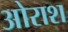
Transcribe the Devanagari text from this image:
ओराश